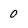
Character: o